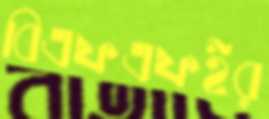
বিএফএফইর